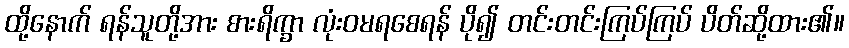
ထို့နောက် ရန်သူတို့အား စားရိက္ခာ လုံးဝမရစေရန် ပို၍ တင်းတင်းကြပ်ကြပ် ပိတ်ဆို့ထား၏။